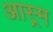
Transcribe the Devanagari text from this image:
आस्र्म